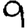
Digit: 9